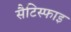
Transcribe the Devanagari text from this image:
सैटिस्फाइ